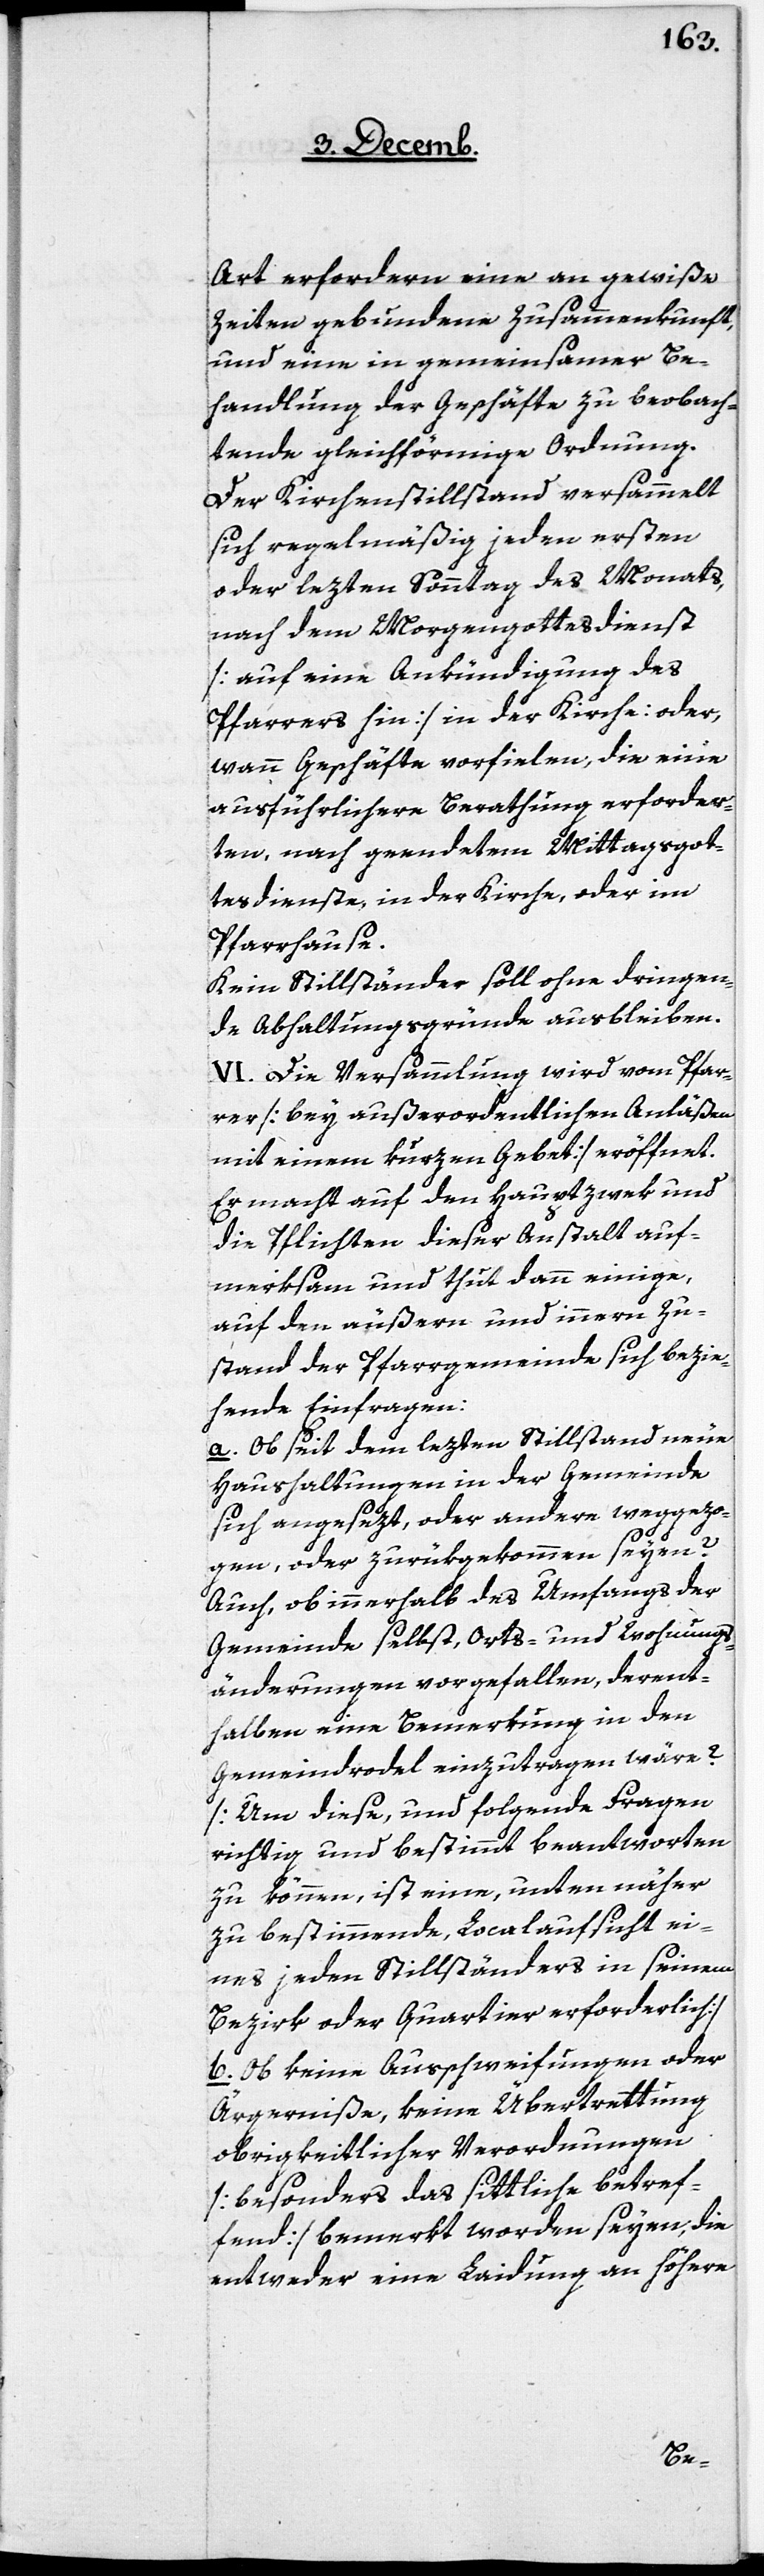
Art erfordern eine an gewiße
Zeiten gebundene Zusammenkunft,
und eine in gemeinsamer Be¬
handlung der Geschäfte zu beobach¬
tende gleichförmige Ordnung.
Der Kirchenstillstand versammelt
sich regelmäßig jeden ersten
oder lezten Sonntag des Monats,
nach dem Morgengottesdienst
[auf eine Ankündigung des
Pfarrers hin] in der Kirche: oder,
wann Geschäfte vorfielen, die eine
ausführlichere Berathung erforder¬
ten, nach geendetem Mittagsgot¬
tesdienste, in der Kirche, oder im
Pfarrhause.
Kein Stillständer soll ohne dringen¬
de Abhaltungsgründe ausbleiben.
VI. Die Versammlung wird vom Pfar¬
rer [bey außerordentlichen Anläßen
mit einem kurzen Gebet] eröffnet.
Er macht auf den Haupzwek und
die Pflichten dieser Anstalt auf¬
merksam und thut dann einige,
auf den äußern und innern Zu¬
stand der Pfarrgemeinde sich bezie¬
hende Einfragen:
a. Ob seit dem lezten Stillstand neue
Haushaltungen in der Gemeinde
sich angesezt, oder andere weggezo¬
gen, oder zurükgekommen seyen?
Auch, ob innerhalb des Umfangs der
Gemeinde selbst, Orts- und Wohnungs¬
änderungen vorgefallen, derent¬
halben eine Bemerkung in den
Gemeindrodel einzutragen wäre?
[Um diese, und folgende Fragen
richtig und bestimmt beantworten
zu können, ist eine, unten näher
zu bestimmende, Localaufsicht ei¬
nes jeden Stillständers in seinem
Bezirk oder Quartier erforderlich]
b. Ob keine Ausschweifungen oder
Ärgerniße, keine Übertrettung
obrigkeitlicher Verordnungen
[besonders das sittliche [sic!]
ffend] bemerkt worden seyen, die
entweder eine Laidung an höhere
betre¬